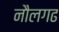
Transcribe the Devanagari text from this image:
नौलगढ